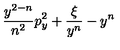
\! \! \frac { y ^ { 2 - n } } { n ^ { 2 } } p _ { y } ^ { 2 } + \frac { \xi } { y ^ { n } } - y ^ { n } \! \!